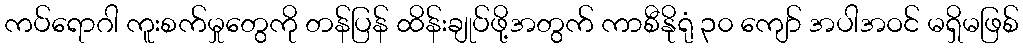
ကပ်ရောဂါ ကူးစက်မှုတွေကို တန်ပြန် ထိန်းချုပ်ဖို့အတွက် ကာစီနိုရုံ ၃၀ ကျော် အပါအဝင် မရှိမဖြစ်